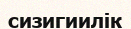
сизигиилік